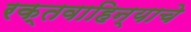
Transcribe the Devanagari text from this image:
रक्तवाहिन्याचे